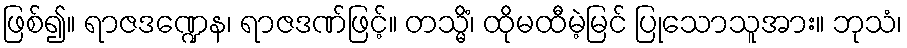
ဖြစ်၍။ ရာဇဒဏ္ဍေန၊ ရာဇဒဏ်ဖြင့်။ တသ္မိံ၊ ထိုမထီမဲ့မြင် ပြုသောသူအား။ ဘုသံ၊